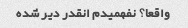
واقعا؟ نفهمیدم انقدر دیر شده